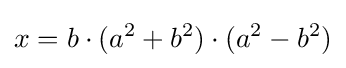
x=b\cdot (a^{2}+b^{2})\cdot (a^{2}-b^{2})